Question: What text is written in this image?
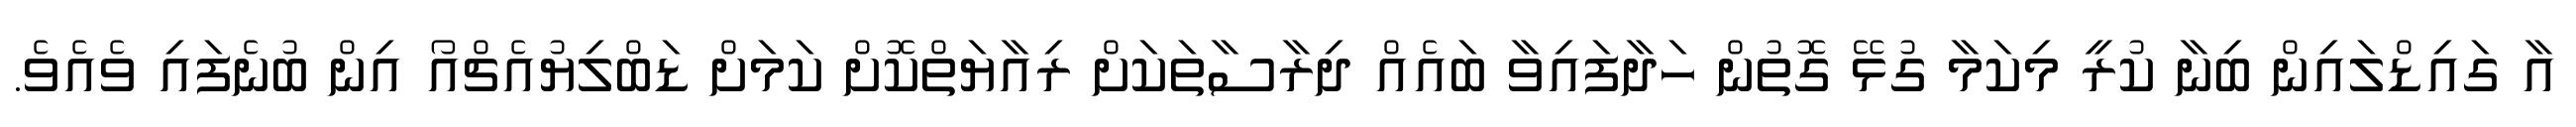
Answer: އާ ގައިޑްލައިން ބިނާ ކުރީ މިކަމާ ގުޅޭ ގޮތުން ހަދާފައިވާ ބައެއް ދިރާސާތަކަށް ރިއާޔަތްކޮށް ކަމަށް ޑަބްލިޔުއެޗްއޯ އިން ބުނެފައި ވެއެވެ.